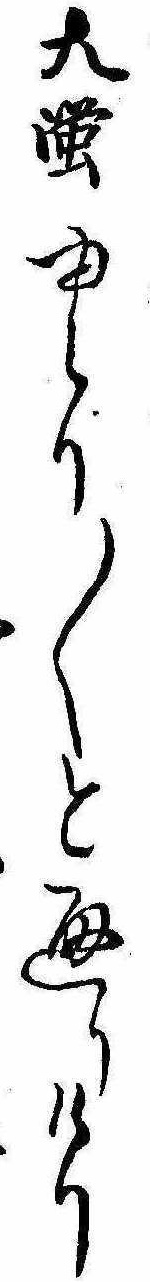
大蛍ゆらり〱と通りけり